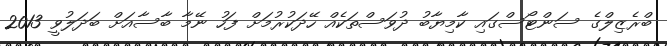
ބްރެޒިލްގެ ސަންޓޯސްގައި ކާމިޔާބު ދުވަސްތަކެއް ހޭދަކުރުމަށް ފަހު ނޭމާ ބާސާއަށް ބަދަލުވީ 2013